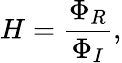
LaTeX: H=\frac{\Phi_{R}}{\Phi_{I}},